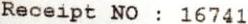
RECEIPT NO : 16741